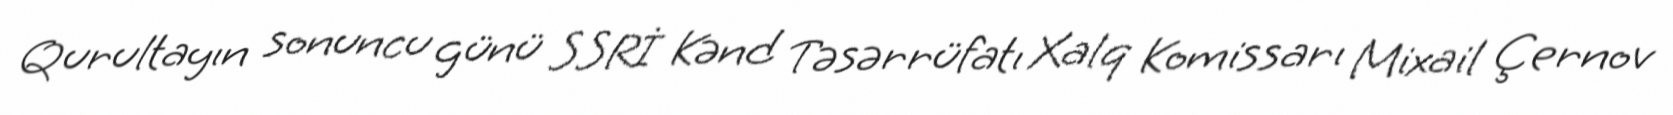
Qurultayın sonuncu günü SSRİ Kənd Təsərrüfatı Xalq Komissarı Mixail Çernov